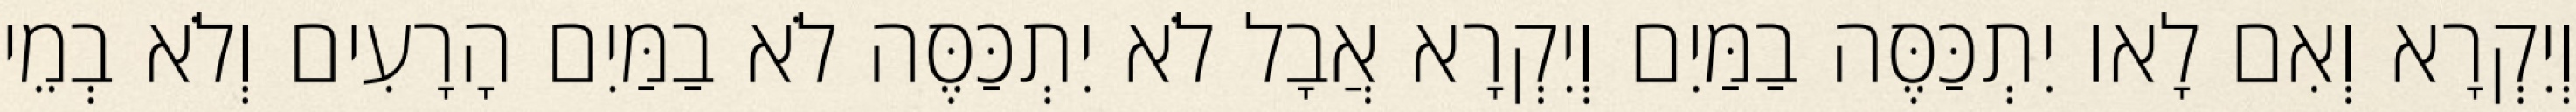
וְיִקְרָא וְאִם לָאו יִתְכַּסֶּה בַמַּיִם וְיִקְרָא אֲבָל לֹא יִתְכַּסֶּה לֹא בַמַּיִם הָרָעִים וְלֹא בְמֵי